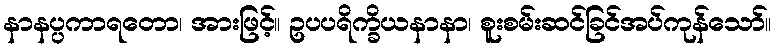
နာနပ္ပကာရတော၊ အားဖြင့်။ ဥပပရိက္ခိယနာနာ၊ စူးစမ်းဆင်ခြင်အပ်ကုန်သော်။